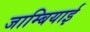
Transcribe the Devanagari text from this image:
जाम्बियाई